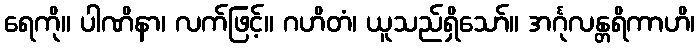
ရေကို။ ပါဏိနာ၊ လက်ဖြင့်။ ဂဟိတံ၊ ယူသည်ရှိသော်။ အင်္ဂုလန္တရိကာဟိ၊